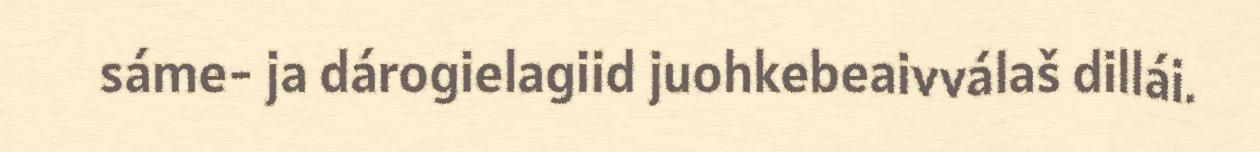
sáme- ja dárogielagiid juohkebeaivválaš dillái.